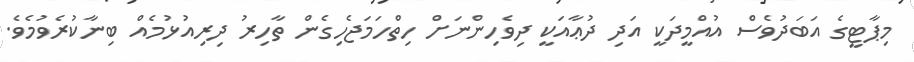
މިޕާޓީގެ އަބަދުވެސް އުއްމީދަކީ އަދި ދުޢާއަކީ ދިވެހިންނަށް ހިތްހަމަޖެހިގެން ތާހިރު ދިރިއުޅުމެއް ބިނާކުރެވުމެވެ.